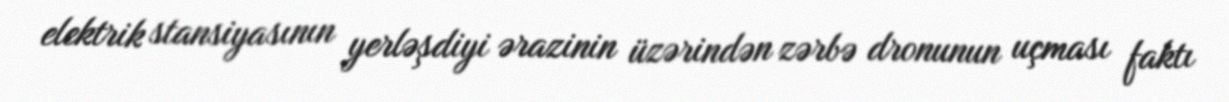
elektrik stansiyasının yerləşdiyi ərazinin üzərindən zərbə dronunun uçması faktı